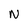
Character: N